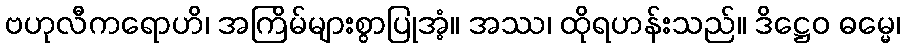
ဗဟုလီကရောဟိ၊ အကြိမ်များစွာပြုအံ့။ အဿ၊ ထိုရဟန်းသည်။ ဒိဋ္ဌေဝ ဓမ္မေ၊